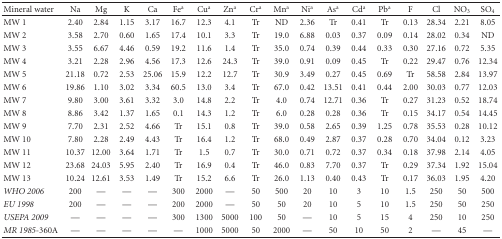
<table><thead><tr><td><b>Mineral water</b></td><td><b>Na</b></td><td><b>Mg</b></td><td><b>K</b></td><td><b>Ca</b></td><td><b>Fe<sup>a</sup></b></td><td><b>Cu<sup>a</sup></b></td><td><b>Zn<sup>a</sup></b></td><td><b>Cr<sup>a</sup></b></td><td><b>Mn<sup>a</sup></b></td><td><b>Ni<sup>a</sup></b></td><td><b>As<sup>a</sup></b></td><td><b>Cd<sup>a</sup></b></td><td><b>Pb<sup>a</sup></b></td><td><b>F</b></td><td><b>Cl</b></td><td><b>NO<sub>3</sub></b></td><td><b>SO<sub>4</sub></b></td></tr></thead><tbody><tr><td>MW 1</td><td>2.40</td><td>2.84</td><td>1.15</td><td>3.17</td><td>16.7</td><td>12.3</td><td>4.1</td><td>Tr</td><td>ND</td><td>2.36</td><td>Tr</td><td>0.41</td><td>Tr</td><td>0.13</td><td>28.34</td><td>2.21</td><td>8.05</td></tr><tr><td>MW 2</td><td>3.58</td><td>2.70</td><td>0.60</td><td>1.65</td><td>17.4</td><td>10.1</td><td>3.3</td><td>Tr</td><td>19.0</td><td>6.88</td><td>0.03</td><td>0.37</td><td>0.09</td><td>0.14</td><td>28.02</td><td>0.34</td><td>ND</td></tr><tr><td>MW 3</td><td>3.55</td><td>6.67</td><td>4.46</td><td>0.59</td><td>19.2</td><td>11.6</td><td>1.4</td><td>Tr</td><td>35.0</td><td>0.74</td><td>0.39</td><td>0.44</td><td>0.33</td><td>0.30</td><td>27.16</td><td>0.72</td><td>5.35</td></tr><tr><td>MW 4</td><td>3.21</td><td>2.28</td><td>2.96</td><td>4.56</td><td>17.3</td><td>12.6</td><td>24.3</td><td>Tr</td><td>39.0</td><td>0.91</td><td>0.09</td><td>0.45</td><td>Tr</td><td>0.22</td><td>29.47</td><td>0.76</td><td>12.34</td></tr><tr><td>MW 5</td><td>21.18</td><td>0.72</td><td>2.53</td><td>25.06</td><td>15.9</td><td>12.2</td><td>12.7</td><td>Tr</td><td>30.9</td><td>3.49</td><td>0.27</td><td>0.45</td><td>0.69</td><td>Tr</td><td>58.58</td><td>2.84</td><td>13.97</td></tr><tr><td>MW 6</td><td>19.86</td><td>1.10</td><td>3.02</td><td>3.34</td><td>60.5</td><td>13.0</td><td>3.4</td><td>Tr</td><td>67.0</td><td>0.42</td><td>13.51</td><td>0.41</td><td>0.44</td><td>2.00</td><td>30.03</td><td>0.77</td><td>12.03</td></tr><tr><td>MW 7</td><td>9.80</td><td>3.00</td><td>3.61</td><td>3.32</td><td>3.0</td><td>14.8</td><td>2.2</td><td>Tr</td><td>4.0</td><td>0.74</td><td>12.71</td><td>0.36</td><td>Tr</td><td>0.27</td><td>31.23</td><td>0.52</td><td>18.74</td></tr><tr><td>MW 8</td><td>8.86</td><td>3.42</td><td>1.37</td><td>1.65</td><td>0.1</td><td>14.3</td><td>1.2</td><td>Tr</td><td>6.0</td><td>0.28</td><td>0.28</td><td>0.36</td><td>Tr</td><td>0.15</td><td>34.17</td><td>0.54</td><td>14.45</td></tr><tr><td>MW 9</td><td>7.70</td><td>2.31</td><td>2.52</td><td>4.66</td><td>Tr</td><td>15.1</td><td>0.8</td><td>Tr</td><td>39.0</td><td>0.58</td><td>2.65</td><td>0.39</td><td>1.25</td><td>0.78</td><td>35.53</td><td>0.28</td><td>10.12</td></tr><tr><td>MW 10</td><td>7.80</td><td>2.28</td><td>2.49</td><td>4.43</td><td>Tr</td><td>16.4</td><td>1.2</td><td>Tr</td><td>68.0</td><td>0.49</td><td>2.87</td><td>0.37</td><td>0.28</td><td>0.70</td><td>34.04</td><td>0.12</td><td>3.23</td></tr><tr><td>MW 11</td><td>10.37</td><td>12.00</td><td>3.64</td><td>1.71</td><td>Tr</td><td>1.5</td><td>0.7</td><td>Tr</td><td>30.0</td><td>0.71</td><td>0.72</td><td>0.37</td><td>0.34</td><td>0.18</td><td>37.98</td><td>2.14</td><td>4.05</td></tr><tr><td>MW 12</td><td>23.68</td><td>24.03</td><td>5.95</td><td>2.40</td><td>Tr</td><td>16.9</td><td>0.4</td><td>Tr</td><td>46.0</td><td>0.83</td><td>7.70</td><td>0.37</td><td>Tr</td><td>0.29</td><td>37.34</td><td>1.92</td><td>15.04</td></tr><tr><td>MW 13</td><td>10.24</td><td>12.61</td><td>3.53</td><td>1.49</td><td>Tr</td><td>15.2</td><td>6.6</td><td>Tr</td><td>26.0</td><td>1.13</td><td>0.40</td><td>0.43</td><td>Tr</td><td>0.17</td><td>36.03</td><td>1.95</td><td>4.20</td></tr><tr><td><i>WHO 2006</i></td><td>200</td><td>—</td><td>—</td><td>—</td><td>300</td><td>2000</td><td>—</td><td>50</td><td>500</td><td>20</td><td>10</td><td>3</td><td>10</td><td>1.5</td><td>250</td><td>50</td><td>500</td></tr><tr><td><i>EU 1998</i></td><td>200</td><td>—</td><td>—</td><td>—</td><td>200</td><td>2000</td><td>—</td><td>50</td><td>50</td><td>20</td><td>10</td><td>5</td><td>10</td><td>1.5</td><td>250</td><td>50</td><td>250</td></tr><tr><td><i>USEPA 2009 </i></td><td>—</td><td>—</td><td>—</td><td>—</td><td>300</td><td>1300</td><td>5000</td><td>100</td><td>50</td><td>—</td><td>10</td><td>5</td><td>15</td><td>4</td><td>250</td><td>10</td><td>250</td></tr><tr><td><i>MR 1985</i>-360A</td><td>—</td><td>—</td><td>—</td><td>—</td><td>—</td><td>1000</td><td>5000</td><td>50</td><td>2000</td><td>—</td><td>50</td><td>10</td><td>50</td><td>2</td><td>—</td><td>45</td><td>—</td></tr></tbody></table>